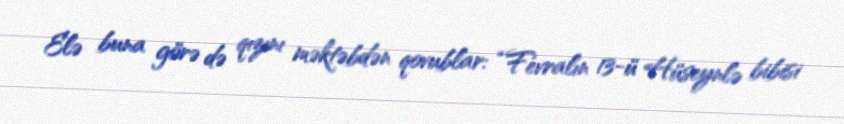
Elə buna görə də qızını məktəbdən qovublar: “Fevralın 13-ü Hüseynlə bibisi